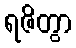
ရဇိတွာ